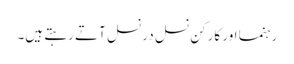
رہنما اور کارکن نسل در نسل آتے رہتے ہیں۔